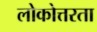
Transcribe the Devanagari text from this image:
लोकोत्तरता